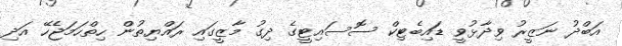
އަބްދު ނަޒީރު ވިދާޅުވީ ޑައިބެޓިކް ސޮސައިޓީގެ ދިގު މާޒީގައި ރައްޔިތުން ހިތްހަމަޖެހޭ އަދި